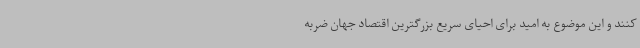
کنند و این موضوع به امید برای احیای سریع بزرگترین اقتصاد جهان ضربه